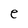
Character: e